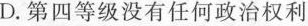
D.第四等级没有任何政治权利